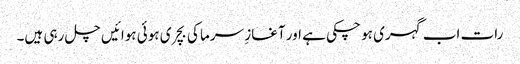
رات اب گہری ہو چکی ہے اور آغازِ سرما کی بچری ہوئی ہوائیں چل رہی ہیں۔